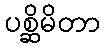
ပစ္ဆိမိတာ